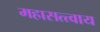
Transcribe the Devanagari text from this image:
महासत्त्वाय